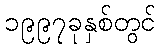
၁၉၉၇ခုနှစ်တွင်